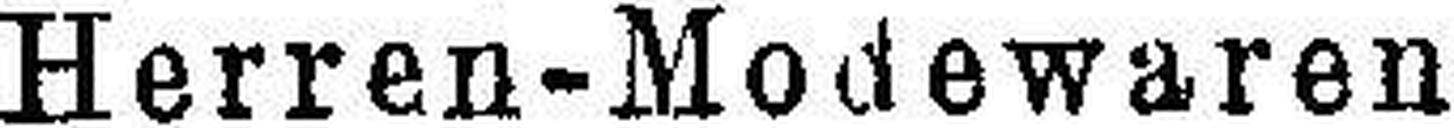
Herren-Modewaren